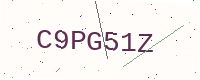
Text: C9PG51Z